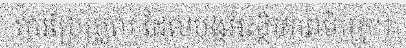
ការប្រែប្រួល ដែលបង្កអស្ថិរភាពម៉ាក្រូ។